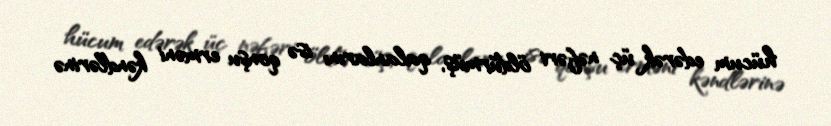
hücum edərək üç nəfəri öldürmüş, qalanlarını isə qonşu erməni kəndlərinə